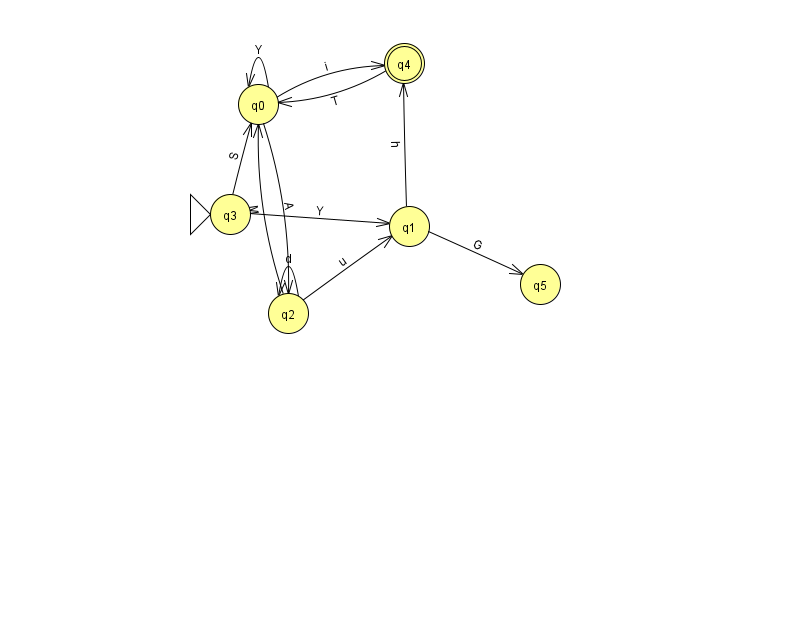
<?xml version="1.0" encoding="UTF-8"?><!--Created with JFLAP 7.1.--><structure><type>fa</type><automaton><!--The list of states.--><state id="0" name="q0"><x>258.0</x><y>91.0</y></state><state id="1" name="q1"><x>409.0</x><y>213.0</y></state><state id="2" name="q2"><x>288.0</x><y>300.0</y></state><state id="3" name="q3"><x>230.0</x><y>201.0</y><initial/></state><state id="4" name="q4"><x>404.0</x><y>50.0</y><final/></state><state id="5" name="q5"><x>540.0</x><y>271.0</y></state><!--The list of transitions.--><transition><from>2</from><to>0</to><read>M</read></transition><transition><from>3</from><to>0</to><read>S</read></transition><transition><from>4</from><to>0</to><read>T</read></transition><transition><from>2</from><to>2</to><read>d</read></transition><transition><from>1</from><to>5</to><read>G</read></transition><transition><from>2</from><to>1</to><read>u</read></transition><transition><from>0</from><to>0</to><read>Y</read></transition><transition><from>3</from><to>1</to><read>Y</read></transition><transition><from>0</from><to>2</to><read>A</read></transition><transition><from>0</from><to>4</to><read>i</read></transition><transition><from>1</from><to>4</to><read>h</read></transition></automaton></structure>